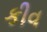
કીવ